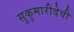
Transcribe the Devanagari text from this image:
सुकुमारीदेवी